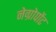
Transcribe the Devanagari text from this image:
नेग्रोपोंट